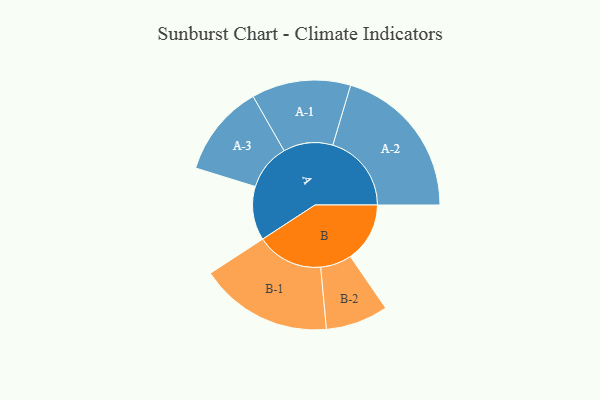
{"axis": {"x": "Segment", "y": "Value"}, "legend": ["", "A", "B"], "data": [{"x": "A", "y": 174, "type": ""}, {"x": "B", "y": 192, "type": ""}, {"x": "A-1", "y": 160, "type": "A"}, {"x": "A-2", "y": 254, "type": "A"}, {"x": "A-3", "y": 149, "type": "A"}, {"x": "B-1", "y": 215, "type": "B"}, {"x": "B-2", "y": 101, "type": "B"}]}